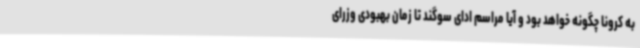
به کرونا چگونه خواهد بود و آیا مراسم ادای سوگند تا زمان بهبودی وزرای